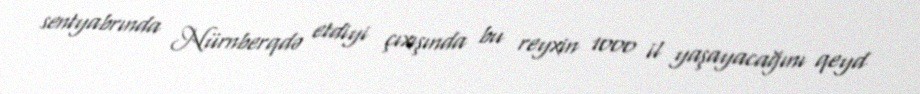
sentyabrında Nürnberqdə etdiyi çıxışında bu reyxin 1000 il yaşayacağını qeyd